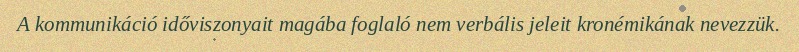
A kommunikáció időviszonyait magába foglaló nem verbális jeleit kronémikának nevezzük.